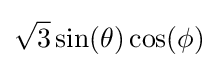
{\sqrt {3}}\sin(\theta )\cos(\phi )